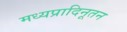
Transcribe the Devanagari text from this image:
मध्यप्रादिनूतन